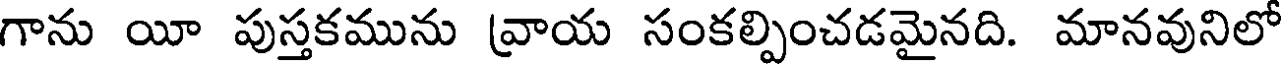
గాను యీ పుస్తకమును వ్రాయ సంకల్పించడమైనది. మానవునిలో